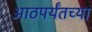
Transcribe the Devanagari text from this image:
आठपर्यंतच्या